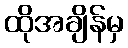
ထိုအချိန်မှ